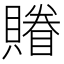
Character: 𧷬